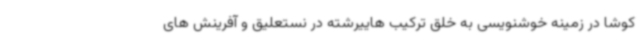
کوشا در زمینه خوشنویسی به خلق ترکیب هاییرشته در نستعلیق و آفرینش های